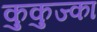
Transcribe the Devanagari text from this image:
कुकुज्का